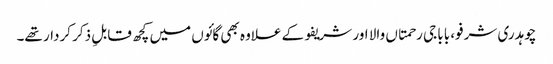
چوہدری شرفو، بابا جی رحمتاں والا اور شریفو کے علاوہ بھی گائوں میں کچھ قابلِ ذکر کردار تھے۔